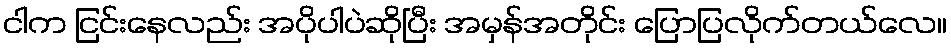
ငါက ငြင်းနေလည်း အပိုပါပဲဆိုပြီး အမှန်အတိုင်း ပြောပြလိုက်တယ်လေ။